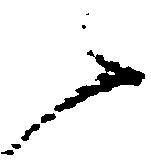
々